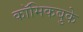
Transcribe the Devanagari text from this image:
कॉमिकबुके